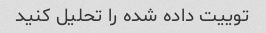
توییت داده شده را تحلیل کنید